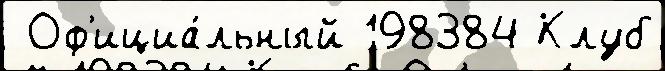
 Оф'ициа́льный 198384 Клуб